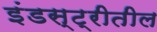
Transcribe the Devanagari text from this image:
इंडस्ट्रीतील